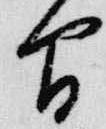
間